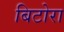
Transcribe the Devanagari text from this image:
बिटोरा